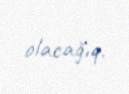
olacağıq.